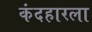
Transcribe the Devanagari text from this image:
कंदहारला